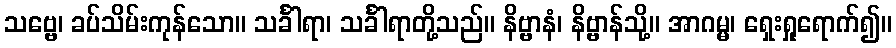
သဗ္ဗေ၊ ခပ်သိမ်းကုန်သော။ သင်္ခါရာ၊ သင်္ခါရာတို့သည်။ နိဗ္ဗာနံ၊ နိဗ္ဗာန်သို့။ အာဂမ္မ၊ ရှေးရှုရောက်၍။